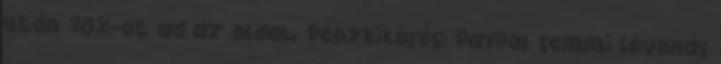
után 20%-ot ad az oldal. Pénzkikérés: PayPal semmi levonás